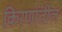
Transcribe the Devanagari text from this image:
किरणांतील